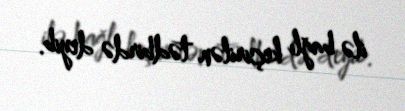
ilə bağlı keçirilən tədbirdə deyib.